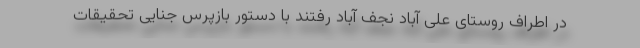
در اطراف روستای علی آباد نجف آباد رفتند با دستور بازپرس جنایی تحقیقات